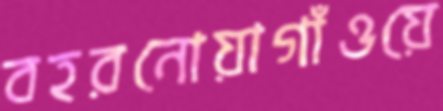
বহরনোয়াগাঁওয়ে